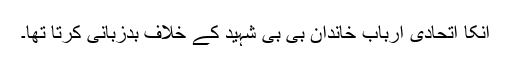
انکا اتحادی ارباب خاندان بی بی شہید کے خلاف بدزبانی کرتا تھا۔